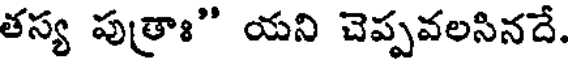
తస్య పుత్రాః" యని చెప్పవలసినదే.